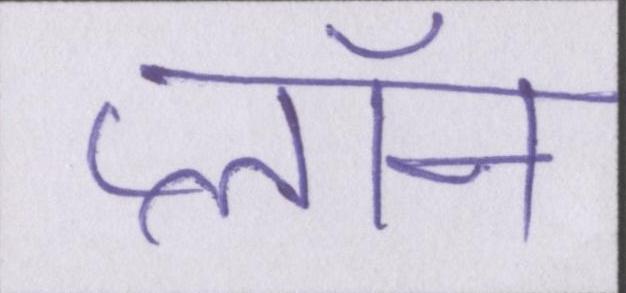
प्लॉन